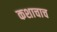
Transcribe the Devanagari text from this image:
कशाचाच